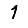
Digit: 1